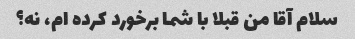
سلام آقا من قبلا با شما برخورد کرده ام، نه؟